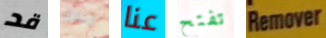
قد ننفق عنا تفتح Remover